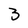
Character: 3